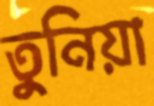
তুনিয়া